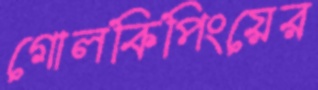
গোলকিপিংয়ের